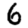
Digit: 6